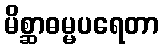
မိစ္ဆာဓမ္မပရေတာ